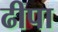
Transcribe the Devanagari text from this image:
ढीपा